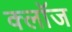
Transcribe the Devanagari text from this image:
क्लाॅज